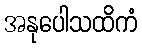
အနုပေါသထိကံ